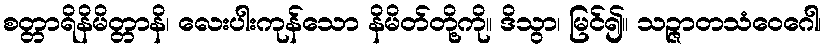
စတ္တာရိနိမိတ္တာနိ၊ လေးပါးကုန်သော နိမိတ်တို့ကို။ ဒိသွာ၊ မြင်၍။ သဉ္ဇာတသံဝေဂေါ၊